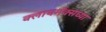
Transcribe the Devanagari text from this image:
क्लायमॅक्सच्या